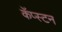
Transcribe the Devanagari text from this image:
कॅप्स्टन